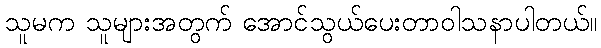
သူမက သူများအတွက် အောင်သွယ်ပေးတာဝါသနာပါတယ်။